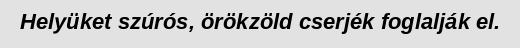
Helyüket szúrós, örökzöld cserjék foglalják el.